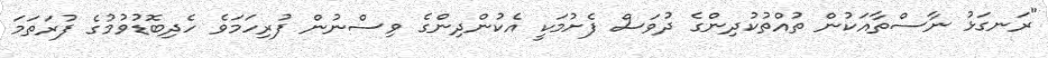
"ރަނގަޅު ނާސްތާއަކުން ތުއްތުކުދިންގެ ދުވަސް ފެށުމަކީ އެކުންދިންގެ ވިސްނުން ފުރިހަމަވެ ހެދިބޮޑުވުމުގެ ފުރަތަމަ